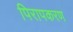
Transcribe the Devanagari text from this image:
पिरापकरण